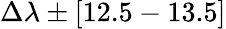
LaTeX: \Delta\lambda\pm[12.5-13.5]